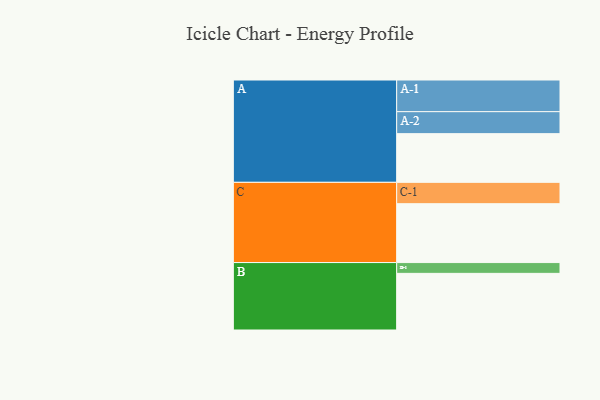
{"axis": {"x": "Segment", "y": "Value"}, "legend": ["", "A", "B", "C"], "data": [{"x": "A", "y": 392, "type": ""}, {"x": "B", "y": 456, "type": ""}, {"x": "C", "y": 474, "type": ""}, {"x": "A-1", "y": 255, "type": "A"}, {"x": "A-2", "y": 177, "type": "A"}, {"x": "B-1", "y": 87, "type": "B"}, {"x": "C-1", "y": 172, "type": "C"}]}